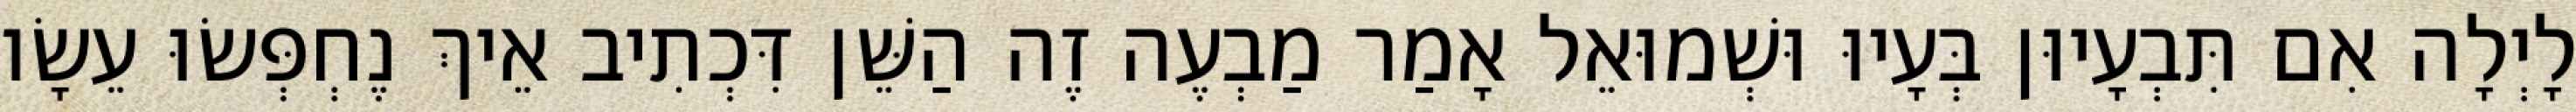
לָיְלָה אִם תִּבְעָיוּן בְּעָיוּ וּשְׁמוּאֵל אָמַר מַבְעֶה זֶה הַשֵּׁן דִּכְתִיב אֵיךְ נֶחְפְּשׂוּ עֵשָׂו